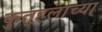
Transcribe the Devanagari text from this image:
कुतूहलाच्या